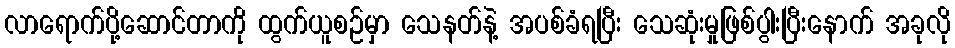
လာရောက်ပို့ဆောင်တာကို ထွက်ယူစဉ်မှာ သေနတ်နဲ့ အပစ်ခံရပြီး သေဆုံးမှုဖြစ်ပွါးပြီးနောက် အခုလို